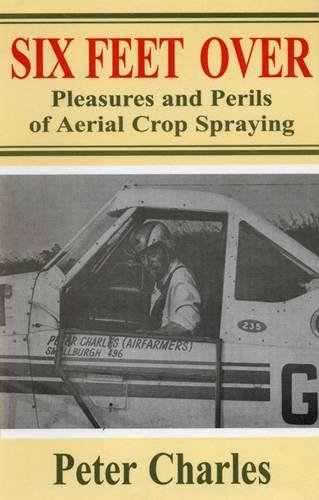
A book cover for Six Feet Over: Pleasures and Perils of Aerial Crop Spraying; Peter Charles; Science & Math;